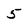
Character: 5